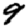
Digit: 9